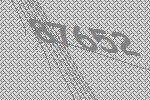
87652